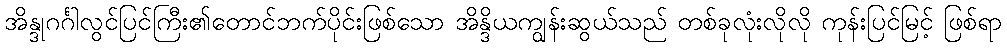
အိန္ဒုဂင်္ဂါလွင်ပြင်ကြီး၏တောင်ဘက်ပိုင်းဖြစ်သော အိန္ဒိယကျွန်းဆွယ်သည် တစ်ခုလုံးလိုလို ကုန်းပြင်မြင့် ဖြစ်ရာ